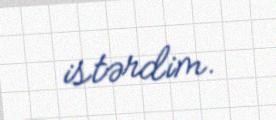
istərdim.